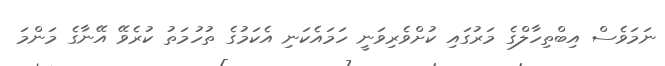
ނަމަވެސް އިބްތިހާލްގެ މަރުގައި ކުށްވެރިވަނީ ހަމައެކަނި އެކަމުގެ ތުހުމަތު ކުރެވޭ އޭނާގެ މަންމަ